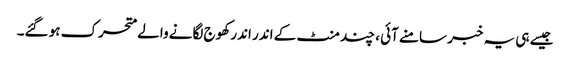
جیسے ہی یہ خبر سامنے آئی ، چند منٹ کے اندر اندر کھوج لگانے والے متحرک ہو گئے۔